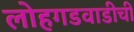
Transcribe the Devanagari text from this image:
लोहगडवाडीची